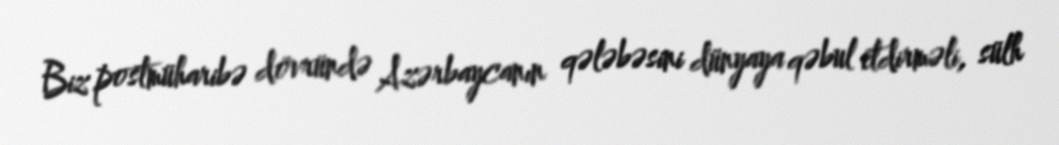
Biz postmüharibə dövründə Azərbaycanın qələbəsini dünyaya qəbul etdirməli, sülh